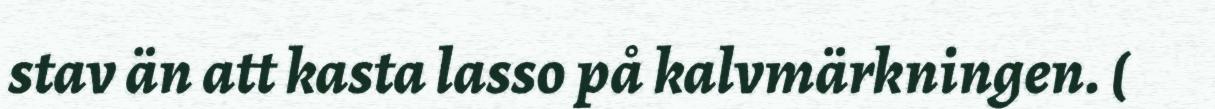
stav än att kasta lasso på kalvmärkningen. (